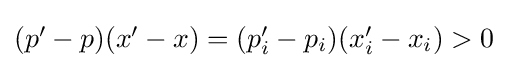
{\textstyle (p'-p)(x'-x)=(p_{i}'-p_{i})(x_{i}'-x_{i})>0}